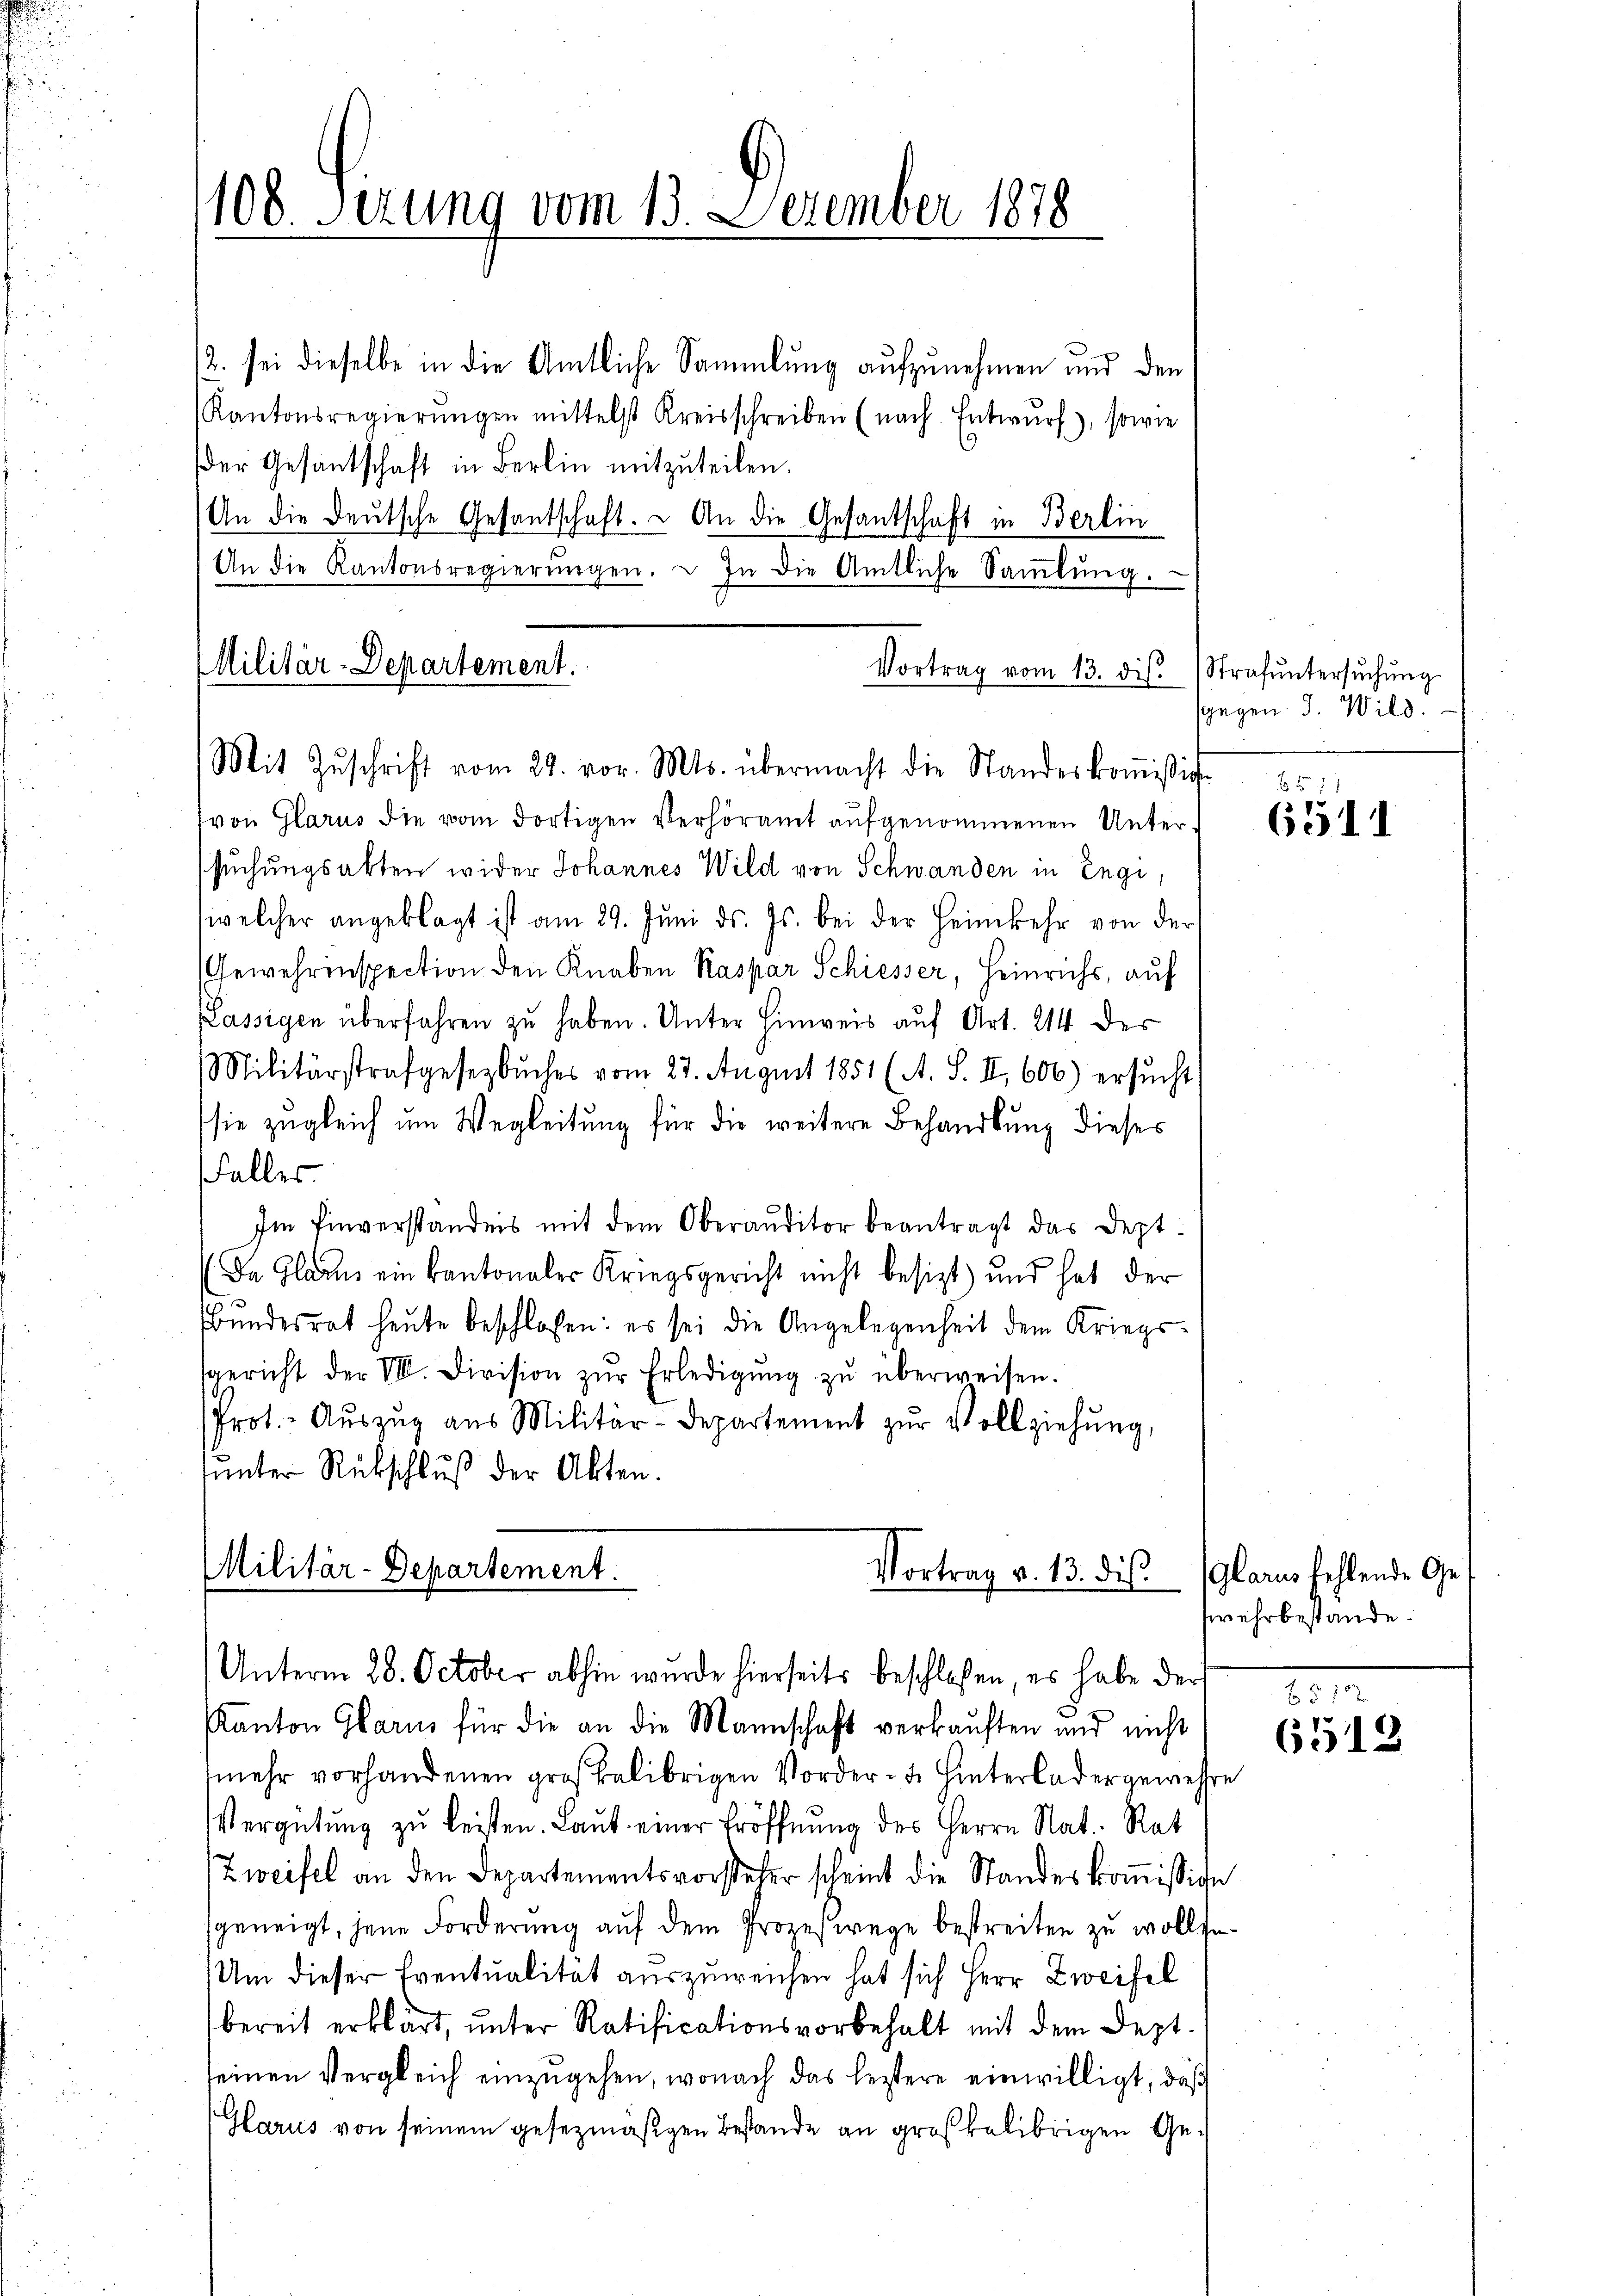
108. Sizung vom 13. Dezember 1878

/2. sei dieselbe in die Amtliche Sammlung aufzunehmen und den
Kantonsregierŭngen mittelst Kreisschreiben (nach. Entwŭrf), sowie
der Gesandschaft in Berlin mitzŭteilen.
An die deutsche Gesantschaft. – An die Gesandschaft in Berlin
An die Kantonsregierŭngen.  In die Amtliche Saṁlŭng.
von Glarus die vom dortigen Verhöramt aufgenommenen Untersuchungsakten wider Johannes Wild von Schwanden in Engi,
welcher angeklagt ist am 29. Jŭni ds. Js. bei der Heimkehr von der
Gewehrinspection den Knaben Kaspar Schiesser, Heinrichs, auf
Kassigen überfahren zŭ haben. Unter Hinweis auf Art. 214 der
Militärstrafgesetzbuches vom 23. August 1851 (A. S. II, 606.) ersŭcht
sie zugleich um Wegleitung für die weitere Behandlung dieses
Falles.
Im Einverständnis mit dem Oberauditor beantragt das Dept¬
Da Glarus ein Kantonaler Kriegsgericht nicht besizt) und hat der
Bundesrat heute beschlossen: es sei die Angelegenheit dem Kriegssgericht der VII. Division zŭr Erledigŭng zŭ überweisen.
Prot. Aŭszŭg aŭs Militär-Departement zŭr Vollziehŭng,
uunter Rückschluß der Akten.

Militär-Departement.
Mit Zŭschrift vom 29. vor. Mts. übermacht die Standeskoṁission

Vortrag vom 13. dis. Strafŭntersŭchŭng

Militär-Departement.
Vortrag v. 13. dies
Unterm 28. October abhin wurde hierseits beschloßen, es habe der

sgegen J. Wild.

Kanton Glarus für die an die Mannschaft verkauften und nicht
mehr vorhandenen großkalibrigen Vorder- u. Hinterlader gewesen
Vergütŭng zu leisten. Laut einer Eröffnung des Herrn Nat. Rat
Zweifel an den Departementsvorsteher scheint die Standeskoṁission
sgeneigt, jene Forderung auf dem Prozeswege bestreiten zu wolle¬
Um dieser Eventualität auszuweichen hat sich Herr Zweifel
bereit erklärt, unter Ratificationsvorbehalt mit dem Sept.
einen Vergleich einzŭgehen, wonach das leitere einwilligt, daß
Glarus von seinem gesezmäßigen Bestande an großkelibrigen Ge¬

f 5 xx
6511

(Glarus fehlende Gewehrbestande.

65122
6512